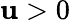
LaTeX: \mathbf{u}>0